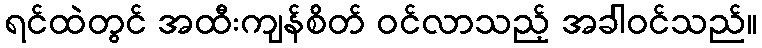
ရင်ထဲတွင် အထီးကျန်စိတ် ဝင်လာသည့် အခါဝင်သည်။